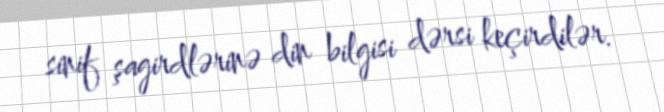
sinif şagirdlərinə din bilgisi dərsi keçirdilər.